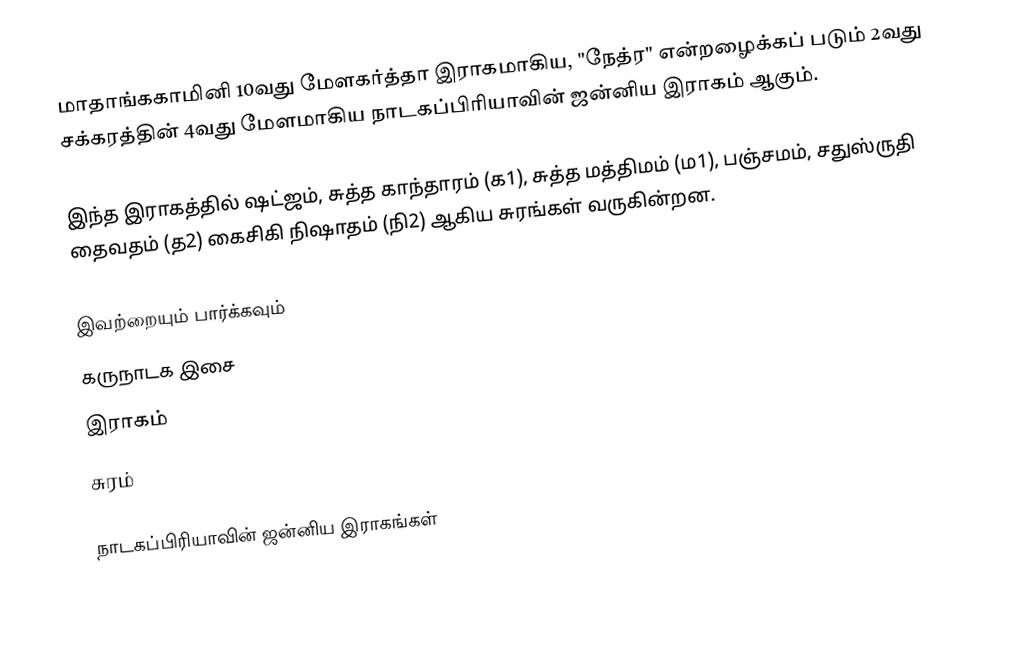
மாதாங்ககாமினி 10வது மேளகர்த்தா இராகமாகிய, "நேத்ர" என்றழைக்கப் படும் 2வது சக்கரத்தின் 4வது மேளமாகிய நாடகப்பிரியாவின் ஜன்னிய இராகம் ஆகும்.

இந்த இராகத்தில் ஷட்ஜம், சுத்த காந்தாரம் (க1), சுத்த மத்திமம் (ம1), பஞ்சமம்,  சதுஸ்ருதி தைவதம் (த2) கைசிகி நிஷாதம்  (நி2) ஆகிய சுரங்கள் வருகின்றன.

இவற்றையும் பார்க்கவும்
 கருநாடக இசை
 இராகம்
 சுரம்

நாடகப்பிரியாவின் ஜன்னிய இராகங்கள்